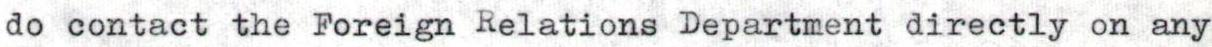
do contact the Foreign Relations Department directly on any